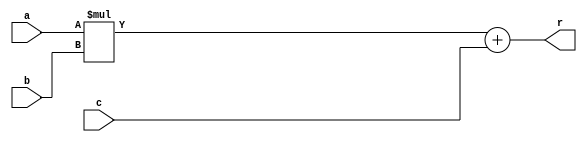
module madd4(a,b,c,r);
input [3:0] a,b,c;
output [7:0] r;

assign r = (a*b) + c;

endmodule